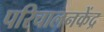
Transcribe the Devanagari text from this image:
परिचालनकेंद्र